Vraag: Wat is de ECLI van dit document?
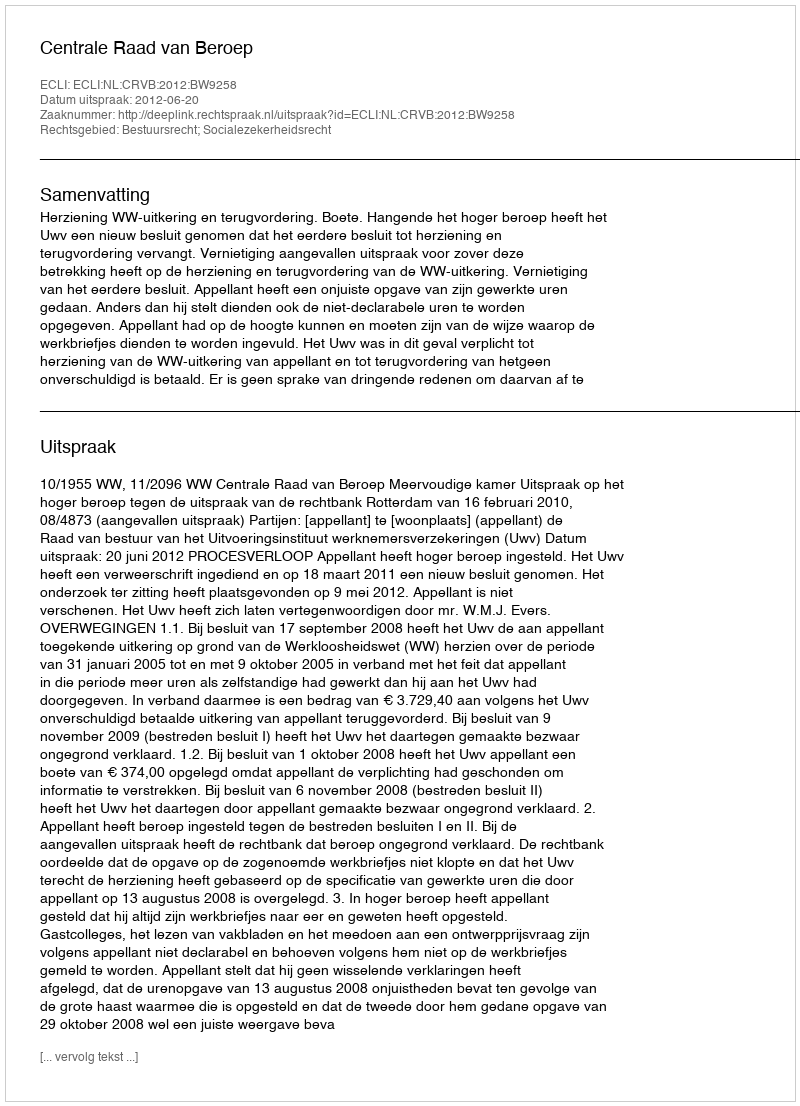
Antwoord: ECLI:NL:CRVB:2012:BW9258